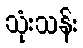
သုံးသန်း